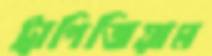
ট্রাপিজিয়াম